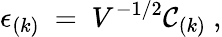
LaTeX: \epsilon_{(k)}~=~V^{-1/2}{\cal C}_{(k)}\ ,